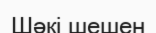
Шәкі шешен